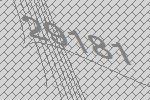
29181